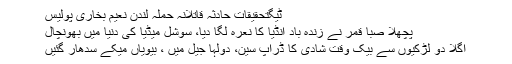
ٹیگتحقیقات حادثہ قاتلانہ حملہ لندن نعیم بخاری پولیس
پچھلا صبا قمر نے زندہ باد انڈیا کا نعرہ لگا دیا، سوشل میڈیا کی دنیا میں بھونچال
اگلا دو لڑکیوں سے بیک وقت شادی کا ڈراپ سین، دولہا جیل میں ، بیویاں میکے سدھار گئیں